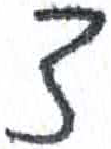
אות: צ